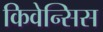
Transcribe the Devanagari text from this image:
किवेन्सिस